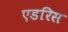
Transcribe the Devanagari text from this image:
एडरिस